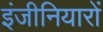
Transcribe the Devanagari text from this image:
इंजीनियारों